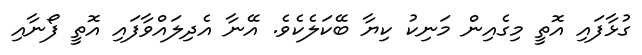
ގުޅާފައި އޮތީ މިގެއިން މަނިކު ކިޔާ ބޭކަލެކެވެ. އޭނާ އެދިލައްވާފައި އޮތީ ފޯނާއި